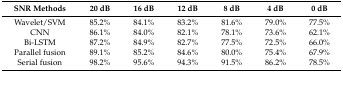
<table><thead><tr><td><b>SNR Methods</b></td><td><b>20 dB</b></td><td><b>16 dB</b></td><td><b>12 dB</b></td><td><b>8 dB</b></td><td><b>4 dB</b></td><td><b>0 dB</b></td></tr></thead><tbody><tr><td>Wavelet/SVM</td><td>85.2%</td><td>84.1%</td><td>83.2%</td><td>81.6%</td><td>79.0%</td><td>77.5%</td></tr><tr><td>CNN</td><td>86.1%</td><td>84.0%</td><td>82.1%</td><td>78.1%</td><td>73.6%</td><td>62.1%</td></tr><tr><td>Bi-LSTM</td><td>87.2%</td><td>84.9%</td><td>82.7%</td><td>77.5%</td><td>72.5%</td><td>66.0%</td></tr><tr><td>Parallel fusion</td><td>89.1%</td><td>85.2%</td><td>84.6%</td><td>80.0%</td><td>75.4%</td><td>67.9%</td></tr><tr><td>Serial fusion</td><td>98.2%</td><td>95.6%</td><td>94.3%</td><td>91.5%</td><td>86.2%</td><td>78.5%</td></tr></tbody></table>